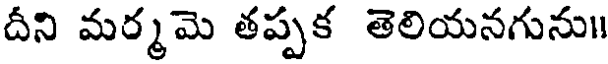
దీని మర్మమె తప్పక తెలియనగును॥